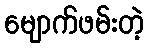
မျောက်ဖမ်းတဲ့